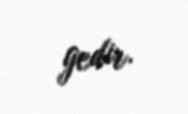
gedir.